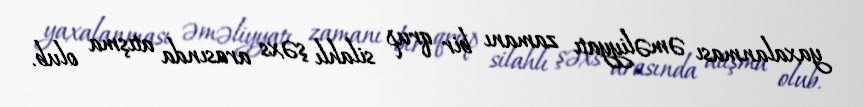
yaxalanması əməliyyatı zamanı bir qrup silahlı şəxs arasında atışma olub.